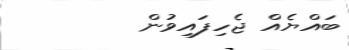
ބައްޔެއް ޖެހިފައިވުން